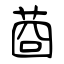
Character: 莔